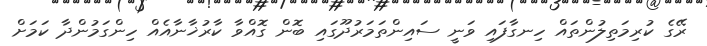
ރޭގެ ކުރިމަތިލުންތައް ހިނގާފައި ވަނީ ސައިންތަމަރުދޫގައި ބޮން ގޮއްވާ ކާރުޚާނާއެއް ހިންގަމުންދާ ކަމަށް